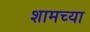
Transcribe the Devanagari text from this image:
शामच्या